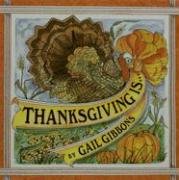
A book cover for Thanksgiving Is...; Gail Gibbons; Children's Books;